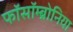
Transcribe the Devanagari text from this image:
फॉसॉम्ब्रोनिया